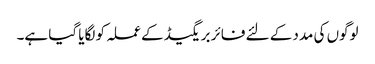
لوگوں کی مدد کے لئے فائر بریگیڈ کے عملہ کو لگایا گیا ہے۔